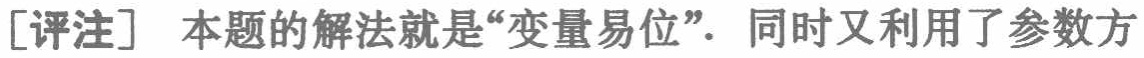
[评注] 本题的解法就是“变量易位”. 同时又利用了参数方